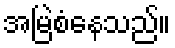
အမြဲစံနေသည်။